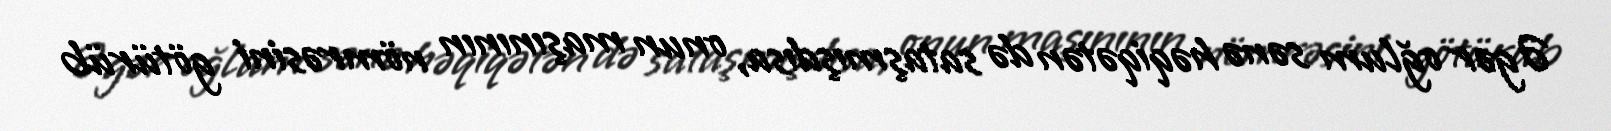
Əgər oğlum sənə həqiqətən də sataşmışdısa, onun maşınının nömrəsini götürüb